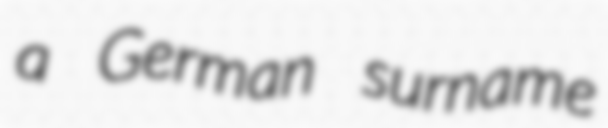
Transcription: a German surname